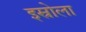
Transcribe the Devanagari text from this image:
इस्रोला